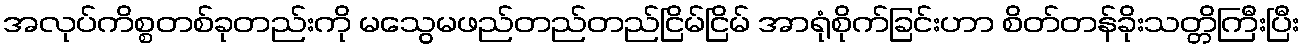
အလုပ်ကိစ္စတစ်ခုတည်းကို မသွေမဖည်တည်တည်ငြိမ်ငြိမ် အာရုံစိုက်ခြင်းဟာ စိတ်တန်ခိုးသတ္တိကြီးပြီး